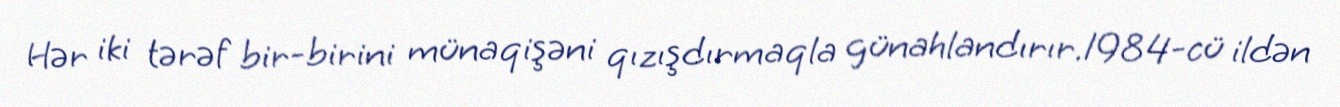
Hər iki tərəf bir-birini münaqişəni qızışdırmaqla günahlandırır.1984-cü ildən